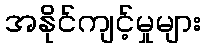
အနိုင်ကျင့်မှုများ